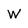
Character: W